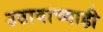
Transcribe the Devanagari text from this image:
उठावाच्याही